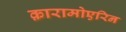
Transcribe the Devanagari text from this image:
क़ारामोएरिन